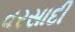
વરસાદી